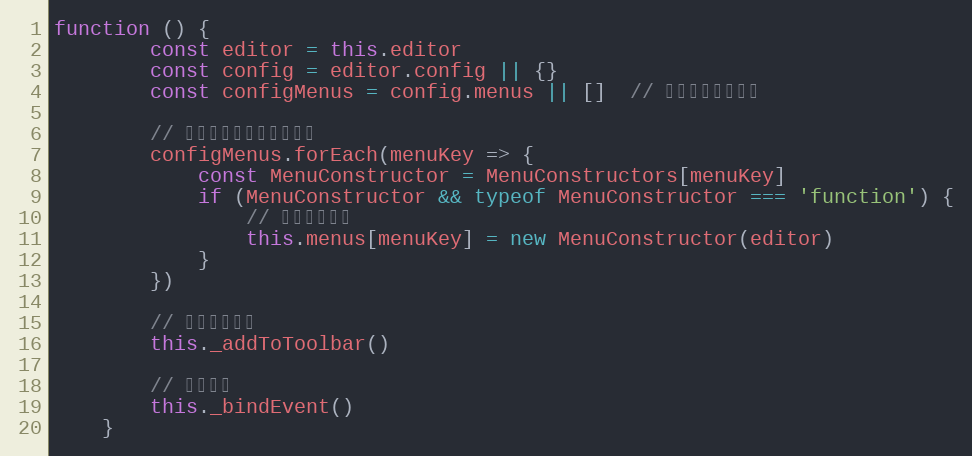
Language: JavaScript
function () {
        const editor = this.editor
        const config = editor.config || {}
        const configMenus = config.menus || []  // 获取配置中的菜单

        // 根据配置信息，创建菜单
        configMenus.forEach(menuKey => {
            const MenuConstructor = MenuConstructors[menuKey]
            if (MenuConstructor && typeof MenuConstructor === 'function') {
                // 创建单个菜单
                this.menus[menuKey] = new MenuConstructor(editor)
            }
        })

        // 添加到菜单栏
        this._addToToolbar()

        // 绑定事件
        this._bindEvent()
    }